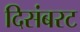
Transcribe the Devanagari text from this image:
दिसंबरट